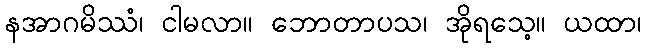
နအာဂမိဿံ၊ ငါမလာ။ ဘောတာပသ၊ အိုရသေ့။ ယထာ၊